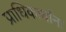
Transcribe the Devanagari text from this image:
प्राधिकार्यांना